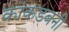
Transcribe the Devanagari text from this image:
कांकडबनी